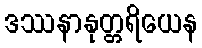
ဒဿနာနုတ္တရိယေန